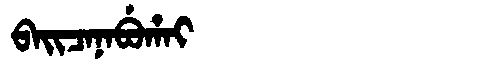
Manchu: ᠪᠠᡳᠴᠠᠨᠠᠪᡠᡥᠠᡳ
Romanization: BAICANABUHAI